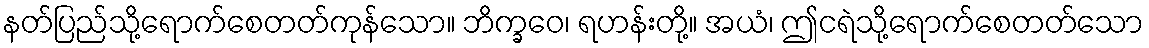
နတ်ပြည်သို့ရောက်စေတတ်ကုန်သော။ ဘိက္ခဝေ၊ ရဟန်းတို့။ အယံ၊ ဤငရဲသို့ရောက်စေတတ်သော